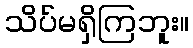
သိပ်မရှိကြဘူး။